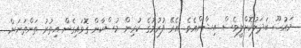
މައުޟޫ ބަދަލުކޮށްލީވެސް އިޝާންއެވެ. އެރޭ ފުރުމުގެ ކުރިން މުސްކާން ގޮވައިގެން އިތުރު ތަންތަނަށް